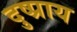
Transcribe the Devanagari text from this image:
दुष्प्राय